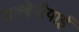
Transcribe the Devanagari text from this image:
अल्बेनीयाई